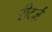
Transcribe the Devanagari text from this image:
रीटर्ज़